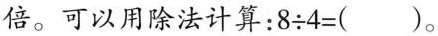
倍。可以用除法计算：$$8\div 4=()$$。